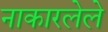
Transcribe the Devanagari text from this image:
नाकारलेले